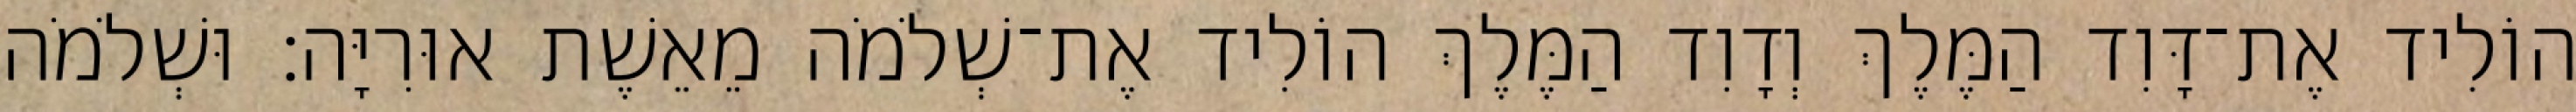
הוֹלִיד אֶת־דָּוִד הַמֶּלֶךְ וְדָוִד הַמֶּלֶךְ הוֹלִיד אֶת־שְׁלֹמֹה מֵאֵשֶׁת אוּרִיָּה׃ וּשְׁלֹמֹה